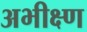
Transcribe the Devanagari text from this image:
अभीक्ष्ण